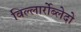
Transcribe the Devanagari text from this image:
विल्लार्रोब्लेदो